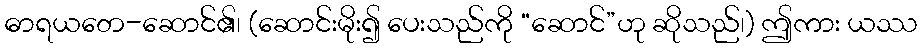
ဓာရယတေ-ဆောင်၏၊ (ဆောင်းမိုး၍ ပေးသည်ကို “ဆောင်”ဟု ဆိုသည်၊) ဤကား ယဿ